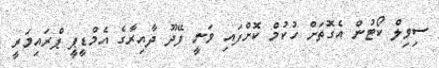
ސިވިލް ކޯޓުން އެގޮތަށް ހުކުމް ކޮށްފައި ވަނީ ފޭދޫ ދާއިރާގެ އެމްޑީޕީ ޕްރައިމަރީ